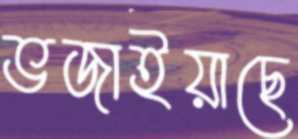
ভজাইয়াছে